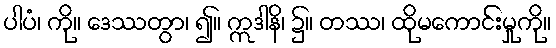
ပါပံ၊ ကို။ ဒေဿတွာ၊ ၍။ ဣဒါနိ၊ ၌။ တဿ၊ ထိုမကောင်းမှုကို။